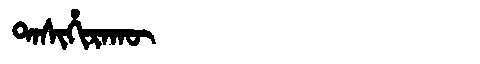
Manchu: ᡨᠠᠰᡳᡥᡳᡵᠠᡴᡡ
Romanization: TASIHIRAKŪ